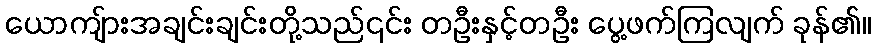
ယောကျ်ားအချင်းချင်းတို့သည်၎င်း တဦးနှင့်တဦး ပွေ့ဖက်ကြလျက် ခုန်၏။